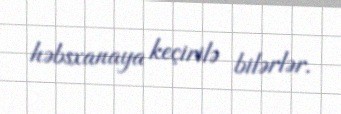
həbsxanaya keçirilə bilərlər.